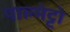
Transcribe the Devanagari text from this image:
पाल्मेट्टो